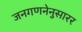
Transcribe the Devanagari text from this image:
जनगणनेनुसारर